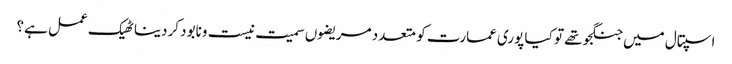
اسپتال میں جنگجو تھے تو کیا پوری عمارت کو متعدد مریضوں سمیت نیست ونابود کردینا ٹھیک عمل ہے؟